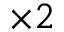
\times 2